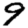
Digit: 9